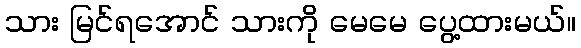
သား မြင်ရအောင် သားကို မေမေ ပွေ့ထားမယ်။